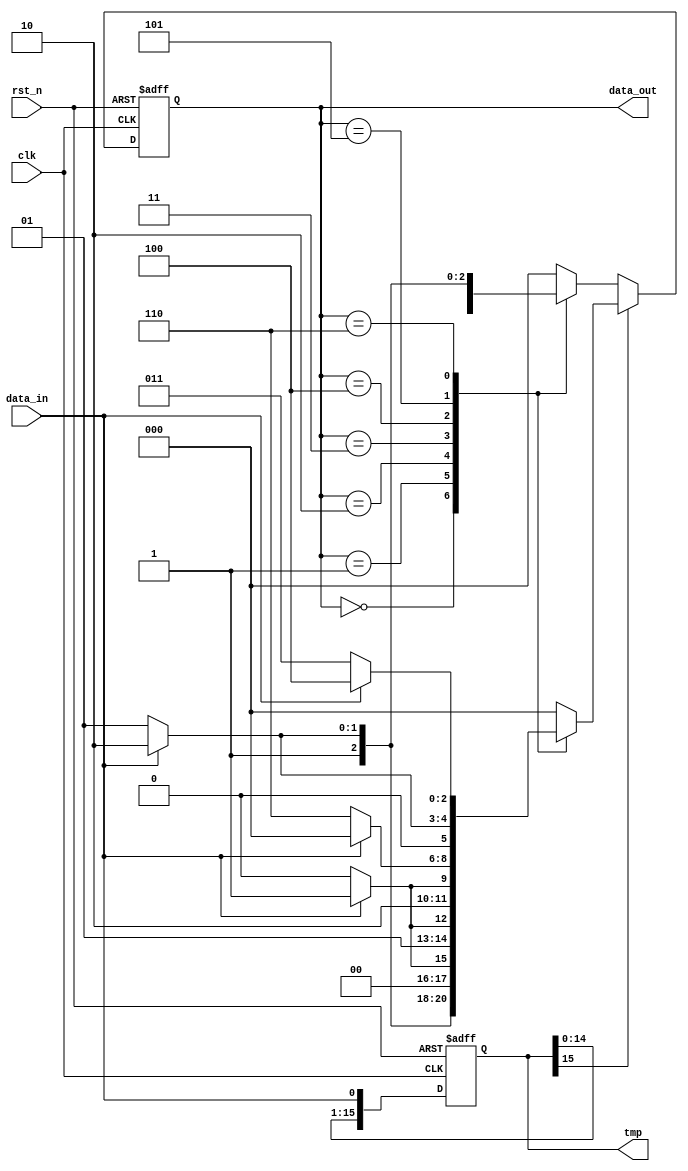
module mod7_fsm (
    clk,
    rst_n,
    data_in,
    data_out,
    tmp
);
    input clk;
    input rst_n;
    input data_in;
    output [2:0] data_out;
    output reg [15:0] tmp;

    reg [2:0] state, state_nxt;

    localparam [2:0] STATE0 = 3'b000,
                    STATE1 = 3'b001,
                    STATE2 = 3'b010,
                    STATE3 = 3'b011,
                    STATE4 = 3'b100,
                    STATE5 = 3'b101,
                    STATE6 = 3'b110,
                    STATE7 = 3'b111;
    always@(posedge clk or negedge rst_n)
    begin
        if(!rst_n)
            begin
                state <= STATE0;
                tmp <= 16'b0000000000000000;
            end
        else
        begin
            state <= state_nxt;
            tmp[15:0] <= {tmp[14:0], data_in};
        end
    end

always @(*)    //State transmission
begin
if (tmp[15] == 0)
    begin
        case(state)
        STATE0:if (data_in) state_nxt = STATE1;
               else state_nxt = STATE0;
        STATE1:if (data_in) state_nxt = STATE3;
               else state_nxt = STATE2;
        STATE2:if (data_in) state_nxt = STATE5;
               else state_nxt = STATE4;
        STATE3:if (data_in) state_nxt = STATE0;
               else state_nxt = STATE6;
        STATE4:if (data_in) state_nxt = STATE2;
               else state_nxt = STATE1;
        STATE5:if (data_in) state_nxt = STATE4;
               else state_nxt = STATE3;
        STATE6:if (data_in) state_nxt = STATE6;
               else state_nxt = STATE5;
        default:state_nxt = 3'b000;
        endcase
    end
else
    begin
        case(state)
        STATE0:if (data_in) state_nxt = STATE6;
               else state_nxt = STATE5;
        STATE1:if (data_in) state_nxt = STATE1;
               else state_nxt = STATE0;
        STATE2:if (data_in) state_nxt = STATE3;
               else state_nxt = STATE2;
        STATE3:if (data_in) state_nxt = STATE5;
               else state_nxt = STATE4;
        STATE4:if (data_in) state_nxt = STATE0;
               else state_nxt = STATE6;
        STATE5:if (data_in) state_nxt = STATE2;
               else state_nxt = STATE1;
        STATE6:if (data_in) state_nxt = STATE4;
               else state_nxt = STATE3;
        default:state_nxt = 3'b000;
        endcase
    end
end

assign data_out = state;
    
endmodule